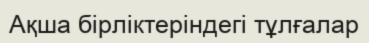
Ақша бірліктеріндегі тұлғалар